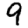
Digit: 9